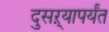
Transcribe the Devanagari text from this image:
दुसऱ्यापर्यंत